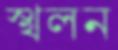
স্খলন